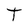
Character: T